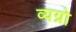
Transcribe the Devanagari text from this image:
व्यग्रो